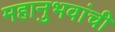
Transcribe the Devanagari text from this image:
महानुभवांची